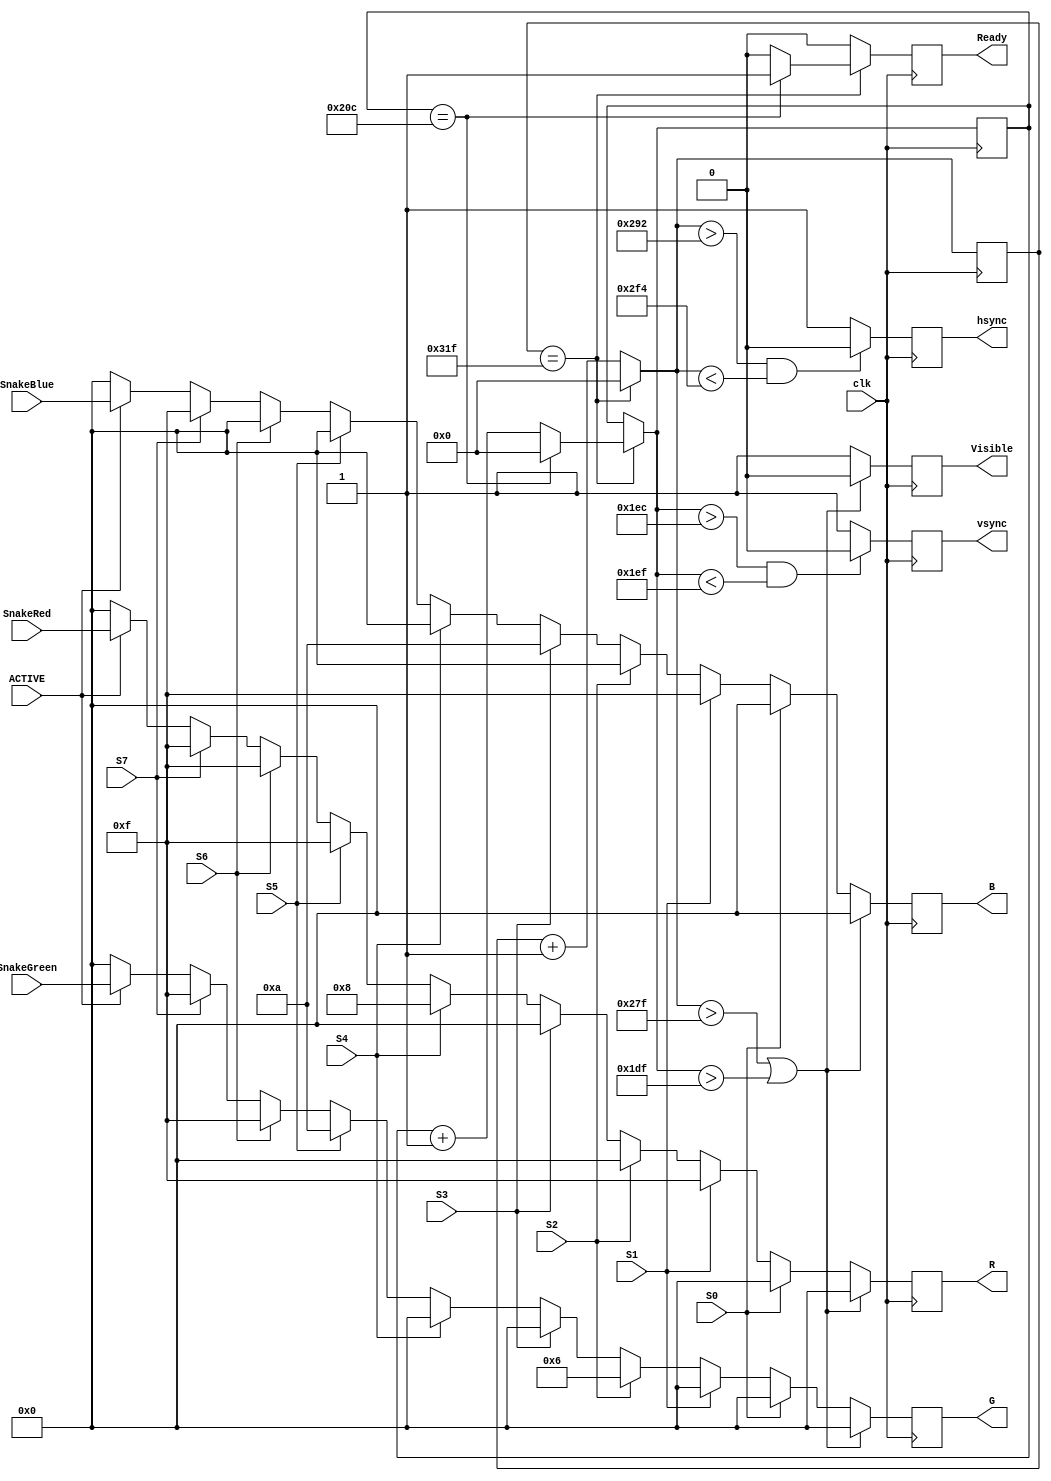
module VGADriver(clk, S0, S1, S2, S3, S4, S5, S6, S7, R, G, B, hsync, vsync, Ready, Visible, SnakeRed, SnakeGreen, SnakeBlue, ACTIVE);
 
input clk;
input ACTIVE;
input S0, S1, S2, S3, S4, S5, S6, S7;
input[3:0] SnakeRed;
input[3:0] SnakeGreen;
input[3:0] SnakeBlue;
output reg[3:0] R = 4'd8;
output reg[3:0] G = 4'd0;
output reg[3:0] B = 4'd0; 
output reg Ready;
output hsync;
output vsync;
output Visible;

reg hsync = 1;
reg vsync = 1;
reg [9:0] hcount = 0;
reg [9:0] vcount = 0;
reg Visible;

reg color;
reg [3:0] Rvariable;
reg [3:0] Gvariable;
reg [3:0] Bvariable;


always @(posedge clk)
begin

if (S0 == 1)
begin
Rvariable = 4'd0;
Gvariable = 4'd0;
Bvariable = 4'd0;
end
else if (S1 == 1)
begin
Rvariable = 4'd15;
Gvariable = 4'd0;
Bvariable = 4'd15;
end
else if (S2 == 1)
begin
Rvariable = 4'd0;
Gvariable = 4'd6;
Bvariable = 4'd0;
end
else if (S3 == 1)
begin
Rvariable = 4'd0;
Gvariable = 4'd0;
Bvariable = 4'd10;
end
else if (S4 == 1)
begin
Rvariable = 4'd8;
Gvariable = 4'd0;
Bvariable = 4'd0;
end
else if (S5 == 1)
begin
Rvariable = 4'd15;
Gvariable = 4'd10;
Bvariable = 4'd0;
end
else if (S6 == 1)
begin
Rvariable = 4'd15;
Gvariable = 4'd15;
Bvariable = 4'd0;
end
else if (S7 == 1)
begin
Rvariable = 4'd15;
Gvariable = 4'd15;
Bvariable = 4'd15;
end
else 
begin
if (ACTIVE == 1)
begin
Rvariable = SnakeRed;
Gvariable = SnakeGreen;
Bvariable = SnakeBlue;
end
else
begin
Rvariable = 4'd0;
Gvariable = 4'd0;
Bvariable = 4'd0;
end
end

//hcount and vcount logic
if (hcount == 10'd799)
begin
	hcount = 10'd0;		//reached end of horizontal row
	if (vcount == 10'd524)
	begin
		vcount = 10'd0;
		Ready = 1;
	end
	else begin
		vcount = vcount + 1;
		Ready = 0;
	end
end
else 
begin
	hcount = hcount + 1;	
	Ready = 0;
	end


//logic for determining RGB values and the visible bit 

if ((hcount > 10'd639) || (vcount > 10'd479))
// in the blanking region
begin

//$display("point 1");
	Visible <= 0;
	R = 4'd0;
	G = 4'd0;
	B = 4'd0;

end

else begin
//$display("point 2");
	Visible <= 1;
	R = Rvariable;
	G = Gvariable;
	B = Bvariable;

end

//logic for hsync and vsync

//hsync
if ((hcount>10'd658)&&(hcount<10'd756))
begin
	
	hsync = 1'd0;
end
else begin
	hsync = 1'd1;
end

//vsync

if ((vcount>10'd492)&&(vcount<10'd495))
begin
	vsync = 1'd0;
end

else begin
	vsync = 1'd1;
end




end




endmodule